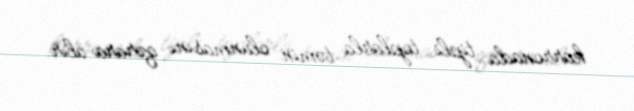
karronada tipli toplarla təmin olunmasını qərara alır.